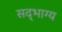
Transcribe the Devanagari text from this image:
सद्‌भाग्य